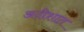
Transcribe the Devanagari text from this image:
अदीशात